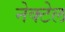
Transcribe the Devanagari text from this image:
नेक्टेल